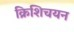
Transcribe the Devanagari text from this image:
क्रिशिचयन